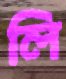
লি